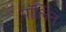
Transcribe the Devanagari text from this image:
पॉलित